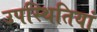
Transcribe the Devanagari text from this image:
उपस्थितियां